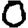
Digit: 0